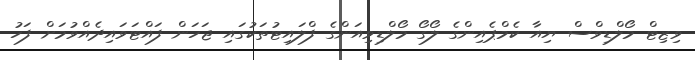
ވިޒިޓް މޯލްޑިވްސް ޔިއާ ކެމްޕެއިންގެ ލޯގޯ މޯލްޑިވިއަންގެ ފްލައިޓުތަކުގައި ޖަހަން ފައްޓަވައިދެއްވުމަށް ފަހު